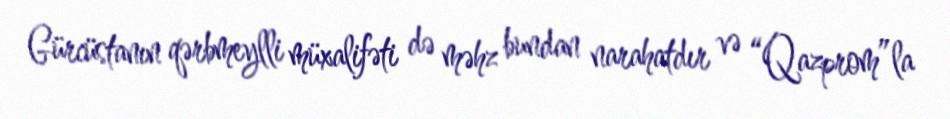
Gürcüstanın qərbmeylli müxalifəti də məhz bundan narahatdır və “Qazprom”la